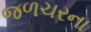
જળચરના